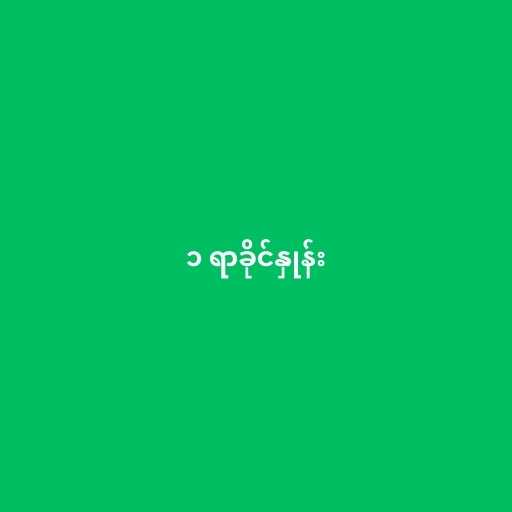
၁ ရာခိုင်နှုန်း